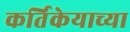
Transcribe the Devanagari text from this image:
कर्तिकेयाच्या